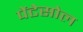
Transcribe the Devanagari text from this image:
पेंटेसोल